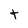
Character: t